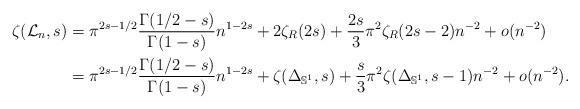
LaTeX: \begin{align*}\zeta(\mathcal{L}_n, s) &= \pi^{2s-1/2} \frac{\Gamma(1/2-s)}{\Gamma(1-s)} n^{1-2s}+2\zeta_R(2s)+\frac{2s}{3}\pi^2 \zeta_R(2s-2)n^{-2}+o(n^{-2}) \\&= \pi^{2s-1/2} \frac{\Gamma(1/2-s)}{\Gamma(1-s)} n^{1-2s}+\zeta(\Delta_{\mathbb{S}^1},s)+\frac{s}{3}\pi^2 \zeta (\Delta_{\mathbb{S}^1},s-1)n^{-2}+o(n^{-2}).\end{align*}